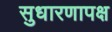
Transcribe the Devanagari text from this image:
सुधारणापक्ष